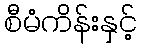
စီမံကိန်းနှင့်